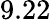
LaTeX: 9.22